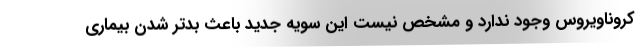
کروناویروس وجود ندارد و مشخص نیست این سویه جدید باعث بدتر شدن بیماری